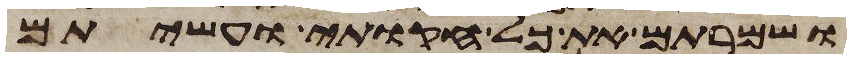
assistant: ושמרתם את כל חקותי ועשיתם